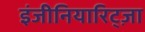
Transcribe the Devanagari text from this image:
इंजीनियारिट्ज़ा